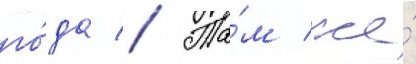
го́да // Та́м же́